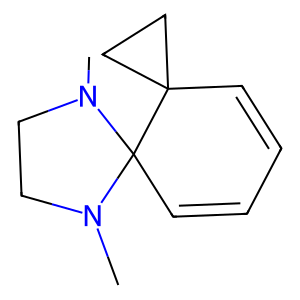
SMILES: CN1CCN(C)C12C=CC=CC21CC1
Inhibits HIV replication: No